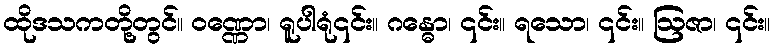
ထိုဒသကတို့တွင်။ ဝဏ္ဏော၊ ရူပါရုံ၎င်း။ ဂန္ဓော၊ ၎င်း။ ရသော၊ ၎င်း။ ဩဇာ၊ ၎င်း။